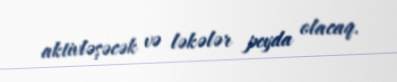
aktivləşəcək və ləkələr peyda olacaq.